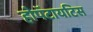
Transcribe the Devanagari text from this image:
होपॅटायटिस